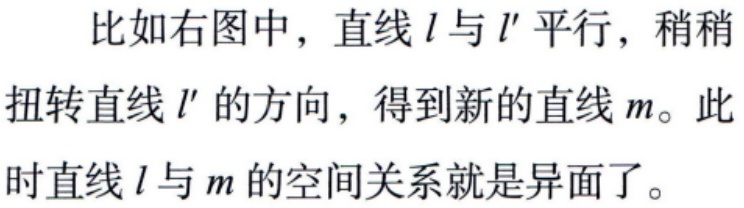
比如右图中，直线\(l\)与\(l'\)平行，稍稍扭转直线\(l'\)的方向，得到新的直线\(m\)。此时直线\(l\)与\(m\)的空间关系就是异面了。